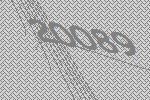
20089